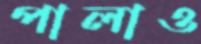
পালাও